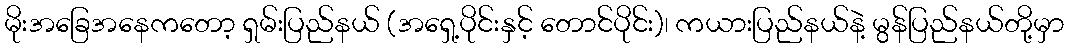
မိုးအခြေအနေကတော့ ရှမ်းပြည်နယ် (အရှေ့ပိုင်းနှင့် တောင်ပိုင်း)၊ ကယားပြည်နယ်နဲ့ မွန်ပြည်နယ်တို့မှာ